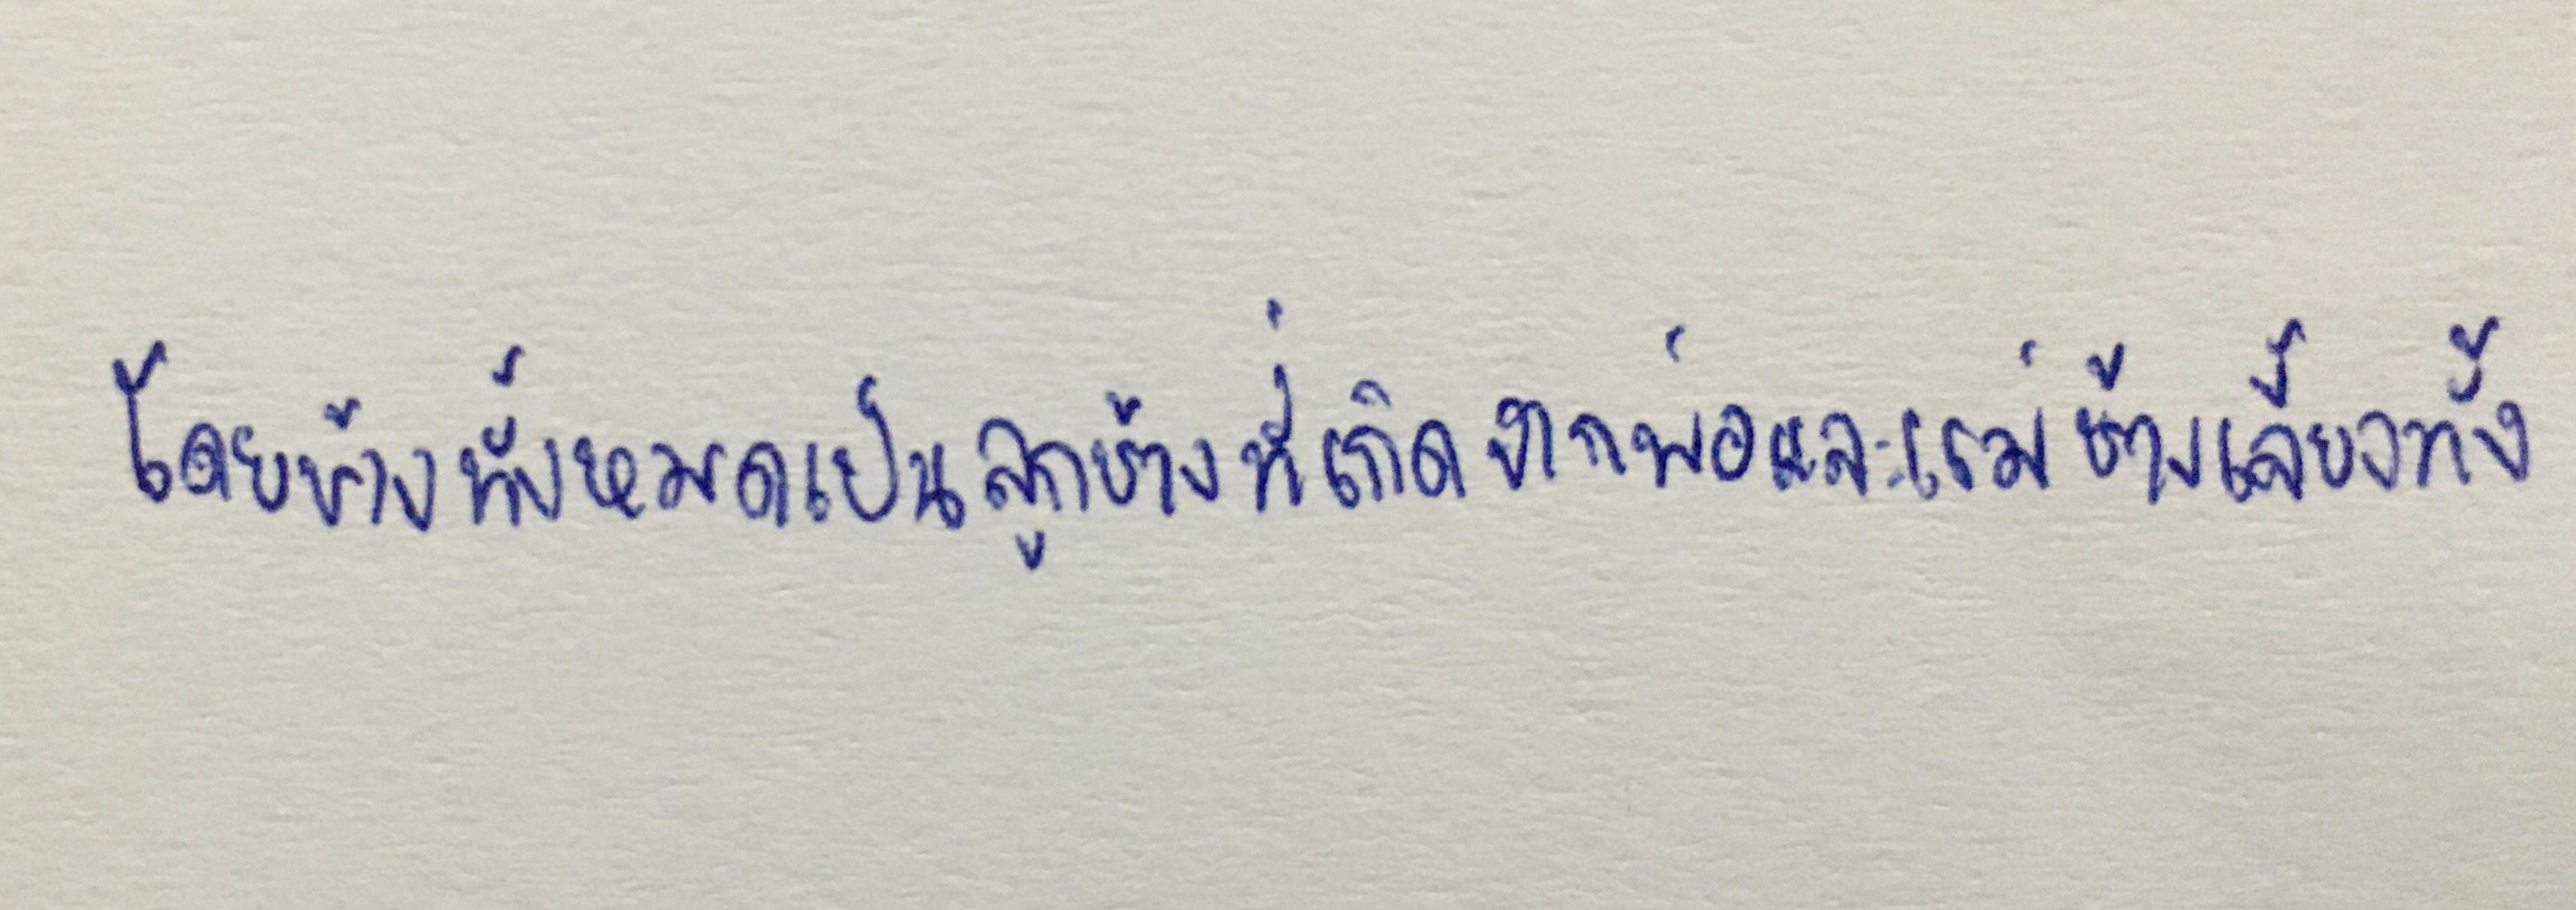
โดยช้างทั้งหมดเป็นลูกช้างที่เกิดจากพ่อและแม่ช้างเลี้ยงทั้ง